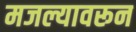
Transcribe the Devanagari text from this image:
मजल्यावरून